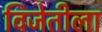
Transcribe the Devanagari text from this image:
विजेतीला